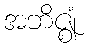
အဘိဇ္ဈံ